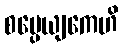
စမ္ပေယျကေဟိ